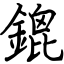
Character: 鎞